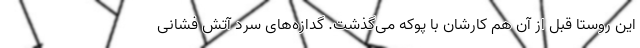
این روستا قبل از آن هم کارشان با پوکه می‌گذشت. گدازه‌های سرد آتش فشانی